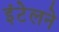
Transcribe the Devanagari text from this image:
इंटेलने